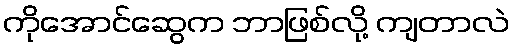
ကိုအောင်ဆွေက ဘာဖြစ်လို့ ကျတာလဲ